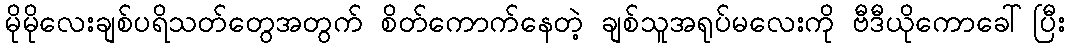
မိုမိုလေးချစ်ပရိသတ်တွေအတွက် စိတ်ကောက်နေတဲ့ ချစ်သူအရုပ်မလေးကို ဗီဒီယိုကောခေါ်ပြီး